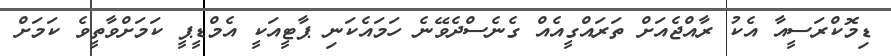
ޑިމޮކްރަސީއާ އެކު ރާއްޖެއަށް ތަރައްގީއެއް ގެނެސްދެވޭނެ ހަމައެކަނި ޕާޓީއަކީ އެމްޑީޕީ ކަމަށްވާތީވެ ކަމަށް